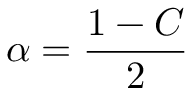
\alpha = { \frac { 1 - C } { 2 } }